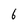
Character: 6